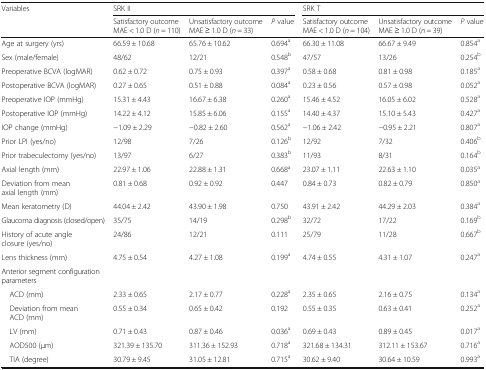
<table><thead><tr><td rowspan="2"><b>Variables</b></td><td colspan="3"><b>SRK II</b></td><td colspan="3"><b>SRK T</b></td></tr><tr><td><b>Satisfactory outcome MAE &lt; 1.0 D (<i>n</i> = 110)</b></td><td><b>Unsatisfactory outcome MAE ≥ 1.0 D (<i>n</i> = 33)</b></td><td><b><i>P</i> value</b></td><td><b>Satisfactory outcome MAE &lt; 1.0 D (<i>n</i> = 104)</b></td><td><b>Unsatisfactory outcome MAE ≥ 1.0 D (<i>n</i> = 39)</b></td><td><b><i>P</i> value</b></td></tr></thead><tbody><tr><td>Age at surgery (yrs)</td><td>66.59 ± 10.68</td><td>65.76 ± 10.62</td><td>0.694<sup>a</sup></td><td>66.30 ± 11.08</td><td>66.67 ± 9.49</td><td>0.854<sup>a</sup></td></tr><tr><td>Sex (male/female)</td><td>48/62</td><td>12/21</td><td>0.548<sup>b</sup></td><td>47/57</td><td>13/26</td><td>0.254<sup>b</sup></td></tr><tr><td>Preoperative BCVA (logMAR)</td><td>0.62 ± 0.72</td><td>0.75 ± 0.93</td><td>0.397<sup>a</sup></td><td>0.58 ± 0.68</td><td>0.81 ± 0.98</td><td>0.185<sup>a</sup></td></tr><tr><td>Postoperative BCVA (logMAR)</td><td>0.27 ± 0.65</td><td>0.51 ± 0.88</td><td>0.084<sup>a</sup></td><td>0.23 ± 0.56</td><td>0.57 ± 0.98</td><td>0.052<sup>a</sup></td></tr><tr><td>Preoperative IOP (mmHg)</td><td>15.31 ± 4.43</td><td>16.67 ± 6.38</td><td>0.260<sup>a</sup></td><td>15.46 ± 4.52</td><td>16.05 ± 6.02</td><td>0.528<sup>a</sup></td></tr><tr><td>Postoperative IOP (mmHg)</td><td>14.22 ± 4.12</td><td>15.85 ± 6.06</td><td>0.155<sup>a</sup></td><td>14.40 ± 4.37</td><td>15.10 ± 5.43</td><td>0.427<sup>a</sup></td></tr><tr><td>IOP change (mmHg)</td><td>−1.09 ± 2.29</td><td>−0.82 ± 2.60</td><td>0.562<sup>a</sup></td><td>−1.06 ± 2.42</td><td>−0.95 ± 2.21</td><td>0.807<sup>a</sup></td></tr><tr><td>Prior LPI (yes/no)</td><td>12/98</td><td>7/26</td><td>0.126<sup>b</sup></td><td>12/92</td><td>7/32</td><td>0.406<sup>b</sup></td></tr><tr><td>Prior trabeculectomy (yes/no)</td><td>13/97</td><td>6/27</td><td>0.383<sup>b</sup></td><td>11/93</td><td>8/31</td><td>0.164<sup>b</sup></td></tr><tr><td>Axial length (mm)</td><td>22.97 ± 1.06</td><td>22.88 ± 1.31</td><td>0.668<sup>a</sup></td><td>23.07 ± 1.11</td><td>22.63 ± 1.10</td><td>0.035<sup>a</sup></td></tr><tr><td>Deviation from mean axial length (mm)</td><td>0.81 ± 0.68</td><td>0.92 ± 0.92</td><td>0.447</td><td>0.84 ± 0.73</td><td>0.82 ± 0.79</td><td>0.850<sup>a</sup></td></tr><tr><td>Mean keratometry (D)</td><td>44.04 ± 2.42</td><td>43.90 ± 1.98</td><td>0.750</td><td>43.91 ± 2.42</td><td>44.29 ± 2.03</td><td>0.384<sup>a</sup></td></tr><tr><td>Glaucoma diagnosis (closed/open)</td><td>35/75</td><td>14/19</td><td>0.298<sup>b</sup></td><td>32/72</td><td>17/22</td><td>0.169<sup>b</sup></td></tr><tr><td>History of acute angle closure (yes/no)</td><td>24/86</td><td>12/21</td><td>0.111</td><td>25/79</td><td>11/28</td><td>0.667<sup>b</sup></td></tr><tr><td>Lens thickness (mm)</td><td>4.75 ± 0.54</td><td>4.27 ± 1.08</td><td>0.199<sup>a</sup></td><td>4.74 ± 0.55</td><td>4.31 ± 1.07</td><td>0.247<sup>a</sup></td></tr><tr><td colspan="7">Anterior segment configuration parameters</td></tr><tr><td> ACD (mm)</td><td>2.33 ± 0.65</td><td>2.17 ± 0.77</td><td>0.228<sup>a</sup></td><td>2.35 ± 0.65</td><td>2.16 ± 0.75</td><td>0.134<sup>a</sup></td></tr><tr><td> Deviation from mean ACD (mm)</td><td>0.55 ± 0.34</td><td>0.65 ± 0.42</td><td>0.192</td><td>0.55 ± 0.35</td><td>0.63 ± 0.41</td><td>0.252<sup>a</sup></td></tr><tr><td> LV (mm)</td><td>0.71 ± 0.43</td><td>0.87 ± 0.46</td><td>0.036<sup>a</sup></td><td>0.69 ± 0.43</td><td>0.89 ± 0.45</td><td>0.017<sup>a</sup></td></tr><tr><td> AOD500 (μm)</td><td>321.39 ± 135.70</td><td>311.36 ± 152.93</td><td>0.718<sup>a</sup></td><td>321.68 ± 134.31</td><td>312.11 ± 153.67</td><td>0.716<sup>a</sup></td></tr><tr><td> TIA (degree)</td><td>30.79 ± 9.45</td><td>31.05 ± 12.81</td><td>0.715<sup>a</sup></td><td>30.62 ± 9.40</td><td>30.64 ± 10.59</td><td>0.993<sup>a</sup></td></tr></tbody></table>